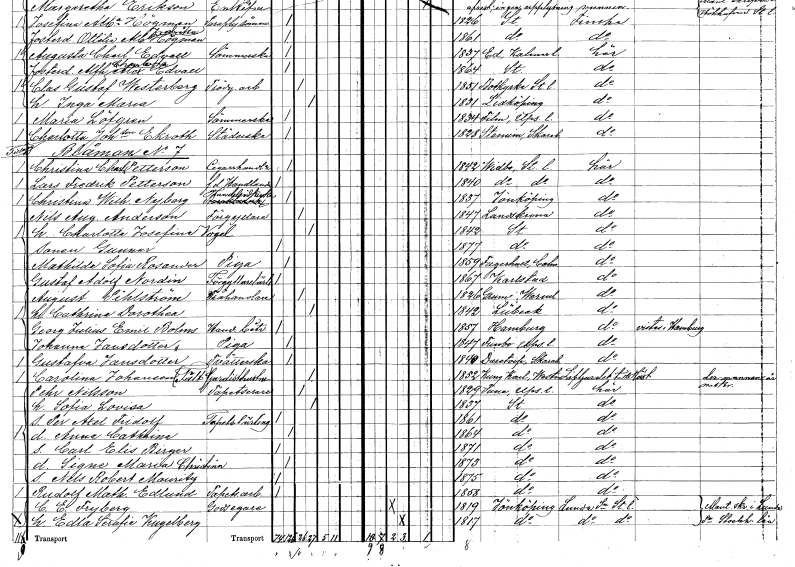
gt_parse: households: individuals: FN: Christina Wilhelmina
EN: Nyberg
YRKE: Handelsidkare
KON: K
CIV: O
FODAR: 1837
FODFORS: Jönköping Jönköpings län
FN: Nils August
EN: Anderson
YRKE: Förgyllare
KON: M
CIV: G
FODAR: 1847
FODFORS: Landskrona Malmöhus län
FN: Charlotta Josefina
EN: Vogel
KON: K
CIV: G
FODAR: 1842
FODFORS: Stockholm
FN: Gunnar
KON: M
CIV: O
FODAR: 1877
FODFORS: Stockholm
FN: Mathilda Sofia
EN: Rosander
YRKE: Piga
KON: K
CIV: O
FODAR: 1859
FODFORS: Fagerhult Kalmar län
FN: Gustaf Adolf
EN: Nordin
YRKE: Förgyllarelärling
KON: M
CIV: O
FODAR: 1867
FODFORS: Karlstad Värmlands län
FN: August
EN: Pihlström
YRKE: Trähandlare
KON: M
CIV: G
FODAR: 1826
FODFORS: Grums Värmlands län
FN: Cathrina Dorothea
KON: K
CIV: G
FODAR: 1842
FN: Georg Julius Emil
EN: Bolms
YRKE: Handelsbiträde
KON: M
CIV: O
FODAR: 1857
FN: Johanna
EN: Jansdotter
YRKE: Piga
KON: K
CIV: O
FODAR: 1847
FODFORS: Funbo Uppsala län
FN: Gustafva
EN: Jansdotter
YRKE: Tvätterska
KON: K
CIV: O
FODAR: 1840
FODFORS: Daretorp Skaraborgs län
FN: Carolina
EN: Johansson Fält
YRKE: Gardisthustru
KON: K
CIV: G
FODAR: 1852
FODFORS: Kung Karl Västmanlands län
FN: Pehr
EN: Nilsson
YRKE: Tapetserare
KON: M
CIV: G
FODAR: 1829
FODFORS: Tuna Uppsala län
FN: Sofia Lovisa
KON: K
CIV: G
FODAR: 1837
FODFORS: Stockholm
FN: Per Axel Fridolf
YRKE: Tapetserarelärling
KON: M
CIV: O
FODAR: 1861
FODFORS: Stockholm
FN: Anna Cathrina
KON: K
CIV: O
FODAR: 1864
FODFORS: Stockholm
FN: Carl Elis Birger
KON: M
CIV: O
FODAR: 1871
FODFORS: Stockholm
FN: Signe Maria Christina
KON: K
CIV: O
FODAR: 1873
FODFORS: Stockholm
FN: Nils Robert Mauritz
KON: M
CIV: O
FODAR: 1875
FODFORS: Stockholm
FN: Rudolf Mathias
EN: Edlund
YRKE: Tapetseriarbetare
KON: M
CIV: O
FODAR: 1858
FODFORS: Stockholm
FN: C. E.
EN: Fryberg
YRKE: Godsägare
KON: M
CIV: G
FODAR: 1819
FODFORS: Jönköping Jönköpings län
FN: Edla Serafia
EN: Kugelberg
KON: K
CIV: G
FODAR: 1817
FODFORS: Jönköping Jönköpings län